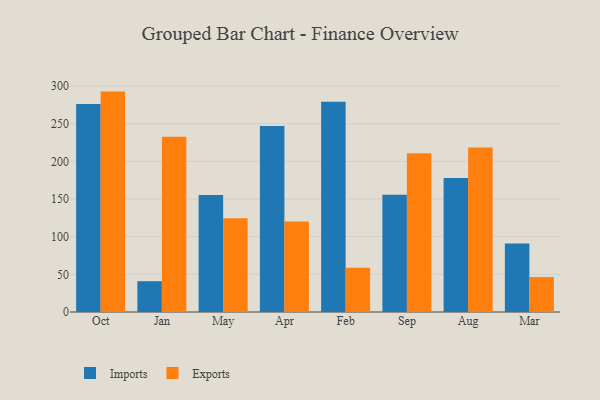
{"axis": {"x": "Month", "y": "Backlog"}, "legend": ["Exports", "Imports"], "data": [{"x": "Oct", "y": 276.3, "type": "Imports"}, {"x": "Oct", "y": 292.6, "type": "Exports"}, {"x": "Jan", "y": 40.9, "type": "Imports"}, {"x": "Jan", "y": 232.8, "type": "Exports"}, {"x": "May", "y": 155.4, "type": "Imports"}, {"x": "May", "y": 124.4, "type": "Exports"}, {"x": "Apr", "y": 247.0, "type": "Imports"}, {"x": "Apr", "y": 120.3, "type": "Exports"}, {"x": "Feb", "y": 279.0, "type": "Imports"}, {"x": "Feb", "y": 58.9, "type": "Exports"}, {"x": "Sep", "y": 155.7, "type": "Imports"}, {"x": "Sep", "y": 210.9, "type": "Exports"}, {"x": "Aug", "y": 178.0, "type": "Imports"}, {"x": "Aug", "y": 218.5, "type": "Exports"}, {"x": "Mar", "y": 91.1, "type": "Imports"}, {"x": "Mar", "y": 46.4, "type": "Exports"}]}